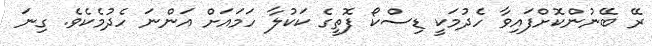
ރޭ ބޭނުންކޮށްފައިވާ ހެދުމަކީ ޑިސްކޯ ފޮތީގެ ކަކުލާ ހަމައަށް އަންނަ ހެދުމެކެވެ. ގިނަ